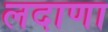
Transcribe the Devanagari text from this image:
लदाणा